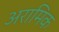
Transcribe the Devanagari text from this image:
अरामिक